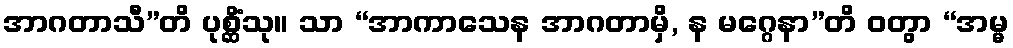
အာဂတာသီ”တိ ပုစ္ဆိံသု။ သာ “အာကာသေန အာဂတာမှိ, န မဂ္ဂေနာ”တိ ဝတွာ “အမ္မ